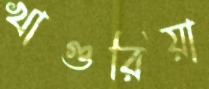
খাগুরিয়া